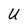
Character: U